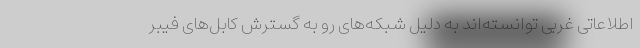
اطلاعاتی غربی توانسته‌اند به دلیل شبکه‌های رو به گسترش کابل‌های فیبر